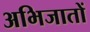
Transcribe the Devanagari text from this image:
अभिजातों